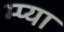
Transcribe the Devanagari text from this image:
म्प्या